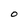
Character: O